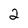
Character: 2